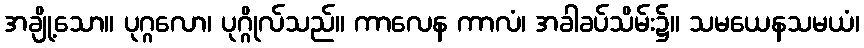
အချို့သော။ ပုဂ္ဂလော၊ ပုဂ္ဂိုလ်သည်။ ကာလေန ကာလံ၊ အခါခပ်သိမ်း၌။ သမယေနသမယံ၊